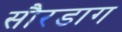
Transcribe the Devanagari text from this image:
सौरडाग